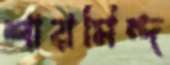
শারমিন্দ